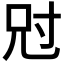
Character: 𡬣